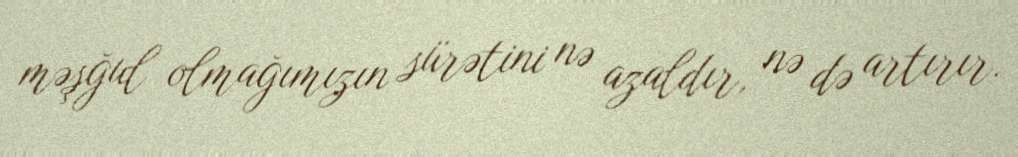
məşğul olmağımızın sürətini nə azaldır, nə də artırır.